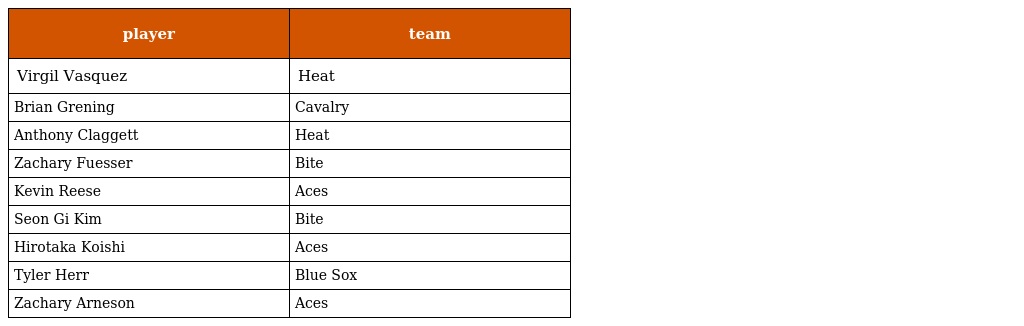
| player | team |
 | --- | --- |
 | Virgil Vasquez | Heat |
 | Brian Grening | Cavalry |
 | Anthony Claggett | Heat |
 | Zachary Fuesser | Bite |
 | Kevin Reese | Aces |
 | Seon Gi Kim | Bite |
 | Hirotaka Koishi | Aces |
 | Tyler Herr | Blue Sox |
 | Zachary Arneson | Aces |